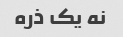
نه یک ذره